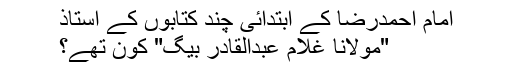
امام احمدرضا کے ابتدائی چند کتابوں کے استاذ
"مولانا غلام عبدالقادر بیگ" کون تھے؟